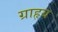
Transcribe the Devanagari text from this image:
ग्राहृय